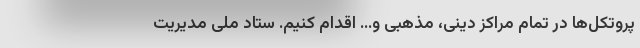
پروتکل‌ها در تمام مراکز دینی، مذهبی و... اقدام کنیم. ستاد ملی مدیریت